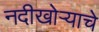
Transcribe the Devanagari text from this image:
नदीखोऱ्याचे